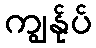
ကျွန်ုပ်